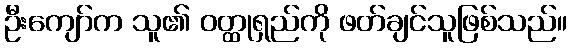
ဦးကျော်က သူ၏ ဝတ္ထုရှည်ကို ဖတ်ချင်သူဖြစ်သည်။